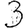
Digit: 3